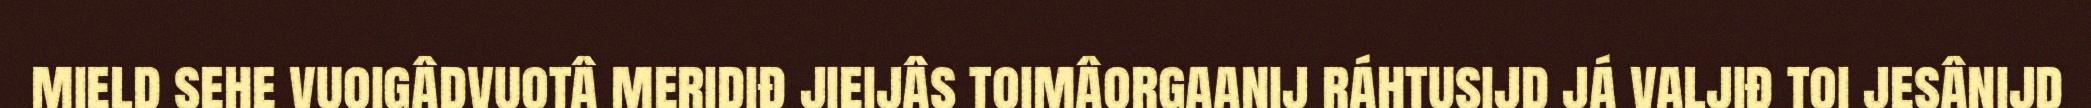
mield sehe vuoigâdvuotâ meridiđ jieijâs toimâorgaanij ráhtusijd já valjiđ toi jesânijd